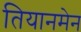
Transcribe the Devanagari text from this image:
तियानमेन